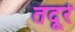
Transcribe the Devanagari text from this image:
तंदूरे